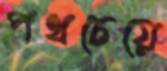
পথচেয়ে